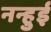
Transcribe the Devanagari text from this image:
नन्हुई